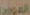
الموارد